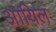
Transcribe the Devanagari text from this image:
आयिल